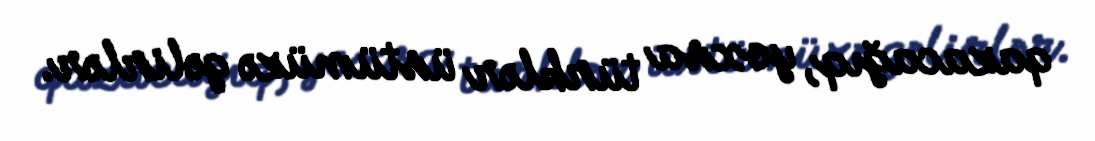
qazacağıq, yoxsa türklər üstümüzə gəlirlər.